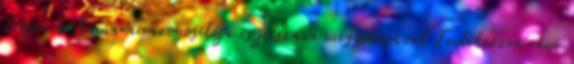
Lépjen be kamarai azonosítója és jelszava megadásával Emlékezzen rám